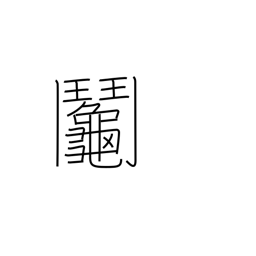
Meaning: raffle